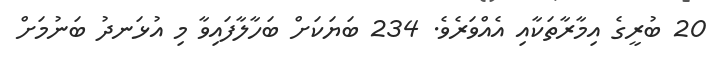
20 ބުރީގެ އިމާރާތަކާއި އެއްވަރެވެ. 234 ބަޔަކަށް ބަހާލާފައިވާ މި އުޅަނދު ބަނުމަށް